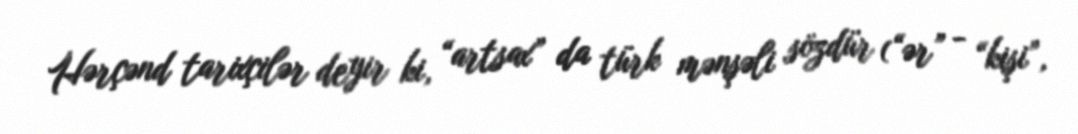
Hərçənd tarixçilər deyir ki, “artsax” da türk mənşəli sözdür (“ər” - “kişi”,